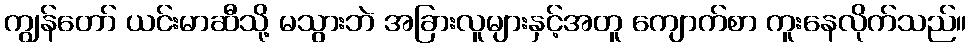
ကျွန်တော် ယင်းမာဆီသို့ မသွားဘဲ အခြားလူများနှင့်အတူ ကျောက်စာ ကူးနေလိုက်သည်။